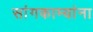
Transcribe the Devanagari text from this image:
सांगकाम्यांना